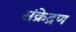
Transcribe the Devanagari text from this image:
संक्रेद्रण